Annual report of the Punjab Veterinary College and of the Civil Veterinary Department, Punjab - 1920-1925
Year: 1920
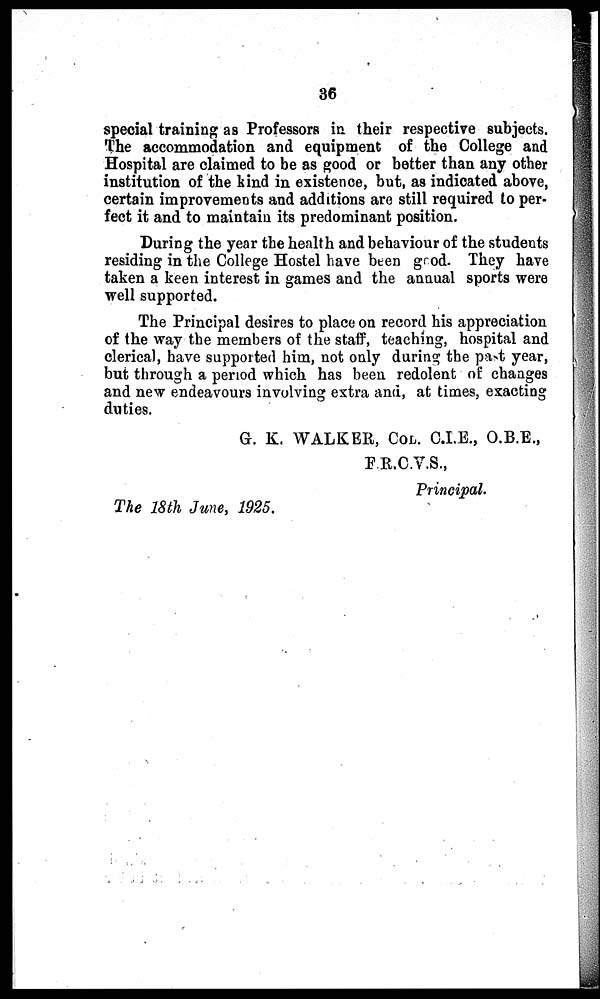
36
special training as Professors in their respective subjects.
The accommodation and equipment of the College and
Hospital are claimed to be as good or better than any other
institution of the kind in existence, but, as indicated above,
certain improvements and additions are still required to per-
fect it and to maintain its predominant position.
During the year the health and behaviour of the students
residing in the College Hostel have been good. They have
taken a keen interest in games and the annual sports were
well supported.
The Principal desires to place on record his appreciation
of the way the members of the staff, teaching, hospital and
clerical, have supported him, not only during the past year,
but through a period which has been redolent of changes
and new endeavours involving extra and, at times, exacting
duties.
G. K. WALKER, COD. C.I.E., O.B.E.,
F.R.C.V.S.,
Principal.
The 18th June, 1925.